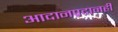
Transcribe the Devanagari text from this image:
आदानप्रदानही